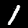
Digit: 1